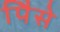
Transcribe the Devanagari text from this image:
पैिसे